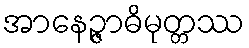
အာနေဉ္ဇာဓိမုတ္တဿ